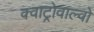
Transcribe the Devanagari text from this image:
क्वाट्रोवाल्वो